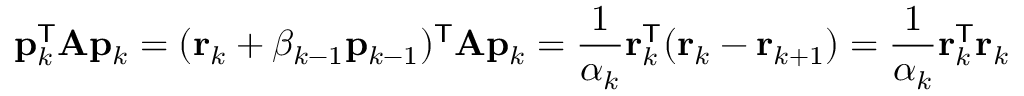
\mathbf { p } _ { k } ^ { \mathsf { T } } \mathbf { A } \mathbf { p } _ { k } = ( \mathbf { r } _ { k } + \beta _ { k - 1 } \mathbf { p } _ { k - 1 } ) ^ { \mathsf { T } } \mathbf { A } \mathbf { p } _ { k } = { \frac { 1 } { \alpha _ { k } } } \mathbf { r } _ { k } ^ { \mathsf { T } } ( \mathbf { r } _ { k } - \mathbf { r } _ { k + 1 } ) = { \frac { 1 } { \alpha _ { k } } } \mathbf { r } _ { k } ^ { \mathsf { T } } \mathbf { r } _ { k }